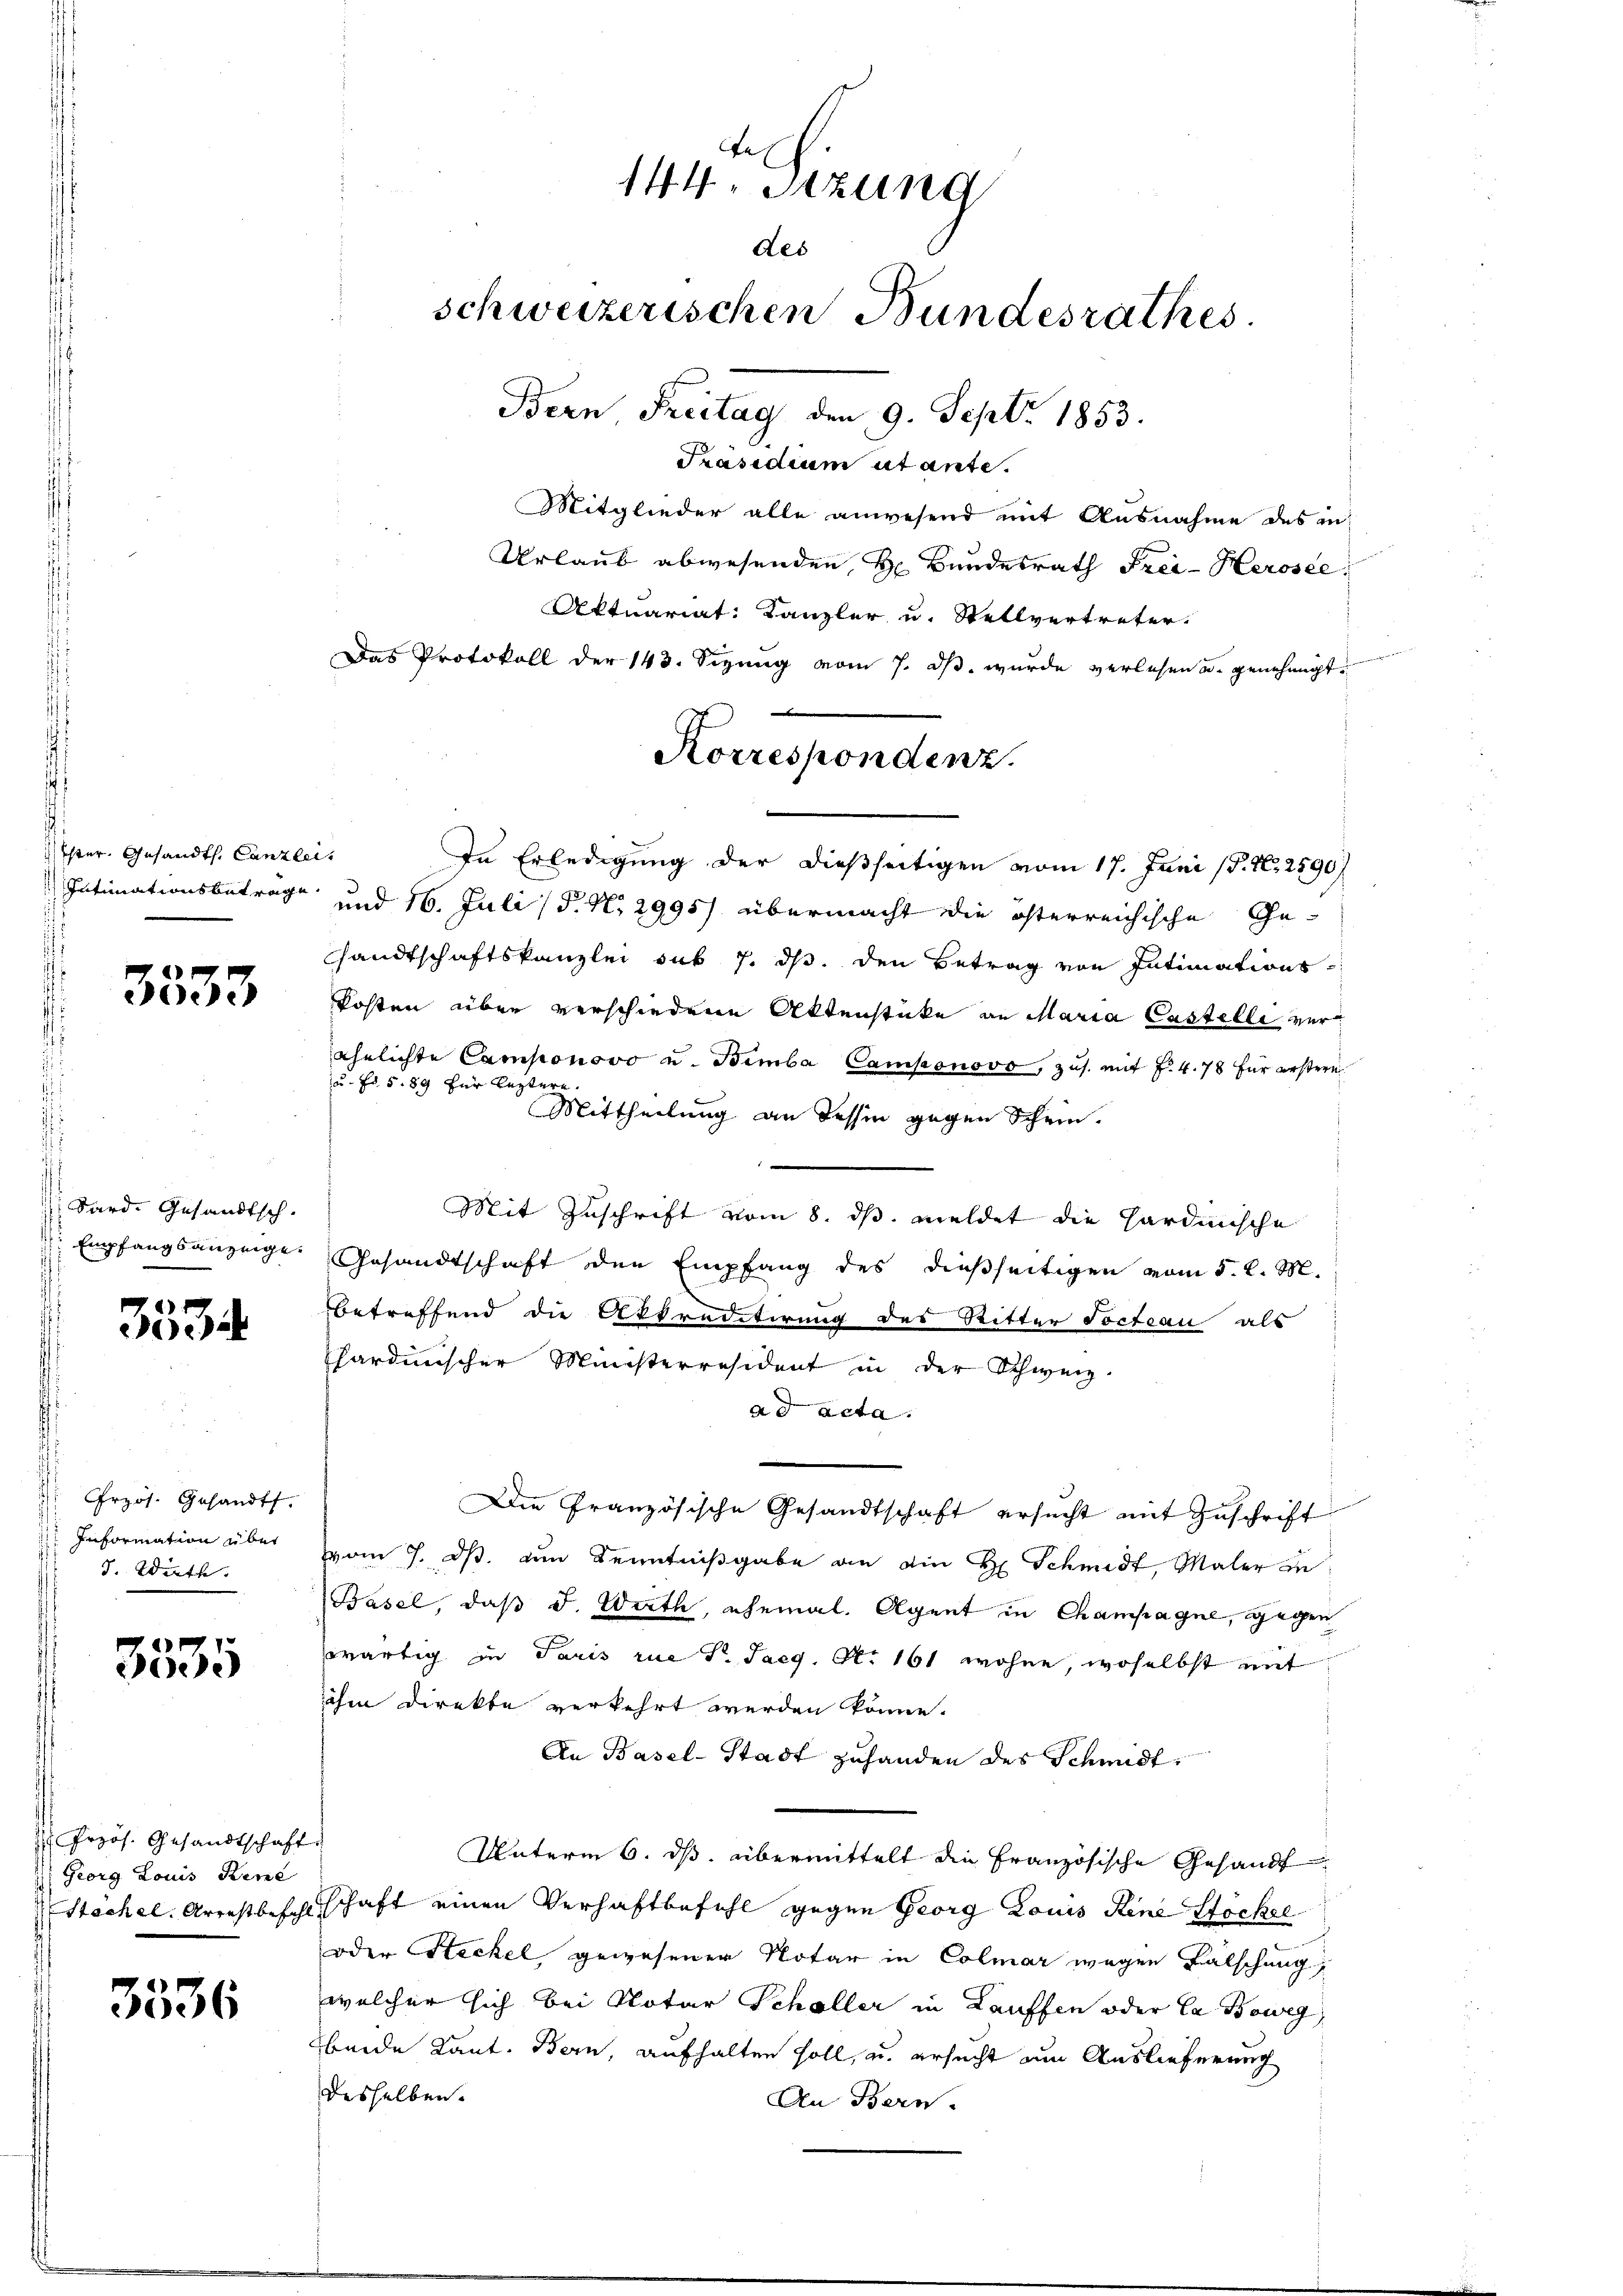
Ester. Gesandt. Canzlei.
.

3533

Sard. Gesandtsch.

3534

Przös. Gesandt.
 Information über
3. Wirth

3535

Jrzös. Gesandtschaft.
) Georg Louis Bene

3536

Präsidium ut ante.
Mitglieder alle anwesend mit Ausnahme des an:
Urlaub abwesenden H. Bundesrath Frei- Herosee,
Aktuariat: Kanzler u. Stellvertreter.
Das Protokoll der 143. Sizung vom 7. ds. wurde verlesen u. genehmigt.
In Erledigung der dießseitigen vom 17. Juni (P. Nr. 2590)
Intimationsbetrage und 16. Juli / P. N. 2995/ übermacht die österreichische Ge¬
Handtschaftskanzlei sub 7. ds. den Betrag von Intimationskosten über verschiedene Aktenstücke an Maria Castelle verehelichte Camponovo u. Bimba Camponovo, zus. mit f. 478 für erstere
u. Fr. 589 für lezt
Mittheilung an dessen gegen Schein.
Mit Zuschrift vom 8. ds. meldet die Hardinische
Empfangsanzeige Gesandtschaft den Empfang des dießseitigen vom 5. d. M.
betreffend die Abtreditirung des Ritter Tocteau als
hardinischer Ministerresident in der Schweiz.
ad acta.
Die Französische Gesandtschaft ersucht mit Zuschrift
vom 7. ds. den Kenntnißgabe an die H. Schmidt, Maler in
Basel, daß d. Warth, ehemal. Agent in Champagne, gegen
zwärtig in Paris rue V. Jaeg. N. 161 wohne, woselbst mit
ihm direkte verkehrt werden könne.
An Basel-Stadt zuhanden des Schmidt,
Unterm 6. ds. übermittelt die Französische Gesandt
Sachel Arrestbefehlschaft einen Verhaftbefehl gegen Georg Louis dene Stöckel
oder Steckel gewesener Notar in Colmar wegen Fälschung,
welcher sich bei Notar Schöller in Lauffen oder Ca Boweg
beide Kant. Bern, aufhalten soll, u. ersucht am Auslieferung
desselben.
An Bern.

144 Sizung
des
schweizerischen Bundesrathes.
Bern, Freitag, den 9. Sept. 1853.

e
Korrespondenz.